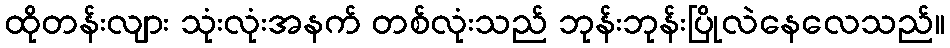
ထိုတန်းလျား သုံးလုံးအနက် တစ်လုံးသည် ဘုန်းဘုန်းပြိုလဲနေလေသည်။